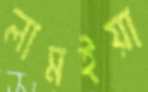
লামইয়া